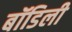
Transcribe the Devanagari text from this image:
बॉडिली